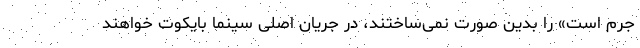
جرم است» را بدین صورت نمی‌‌ساختند، در جریان اصلی سینما بایکوت خواهند